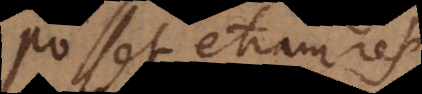
Posset etiam res